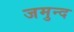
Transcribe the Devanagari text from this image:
जमुन्द